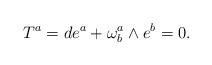
LaTeX: \begin{align*}T^{a}=de^{a}+\omega _{b}^{a}\wedge e^{b}=0. \end{align*}